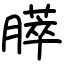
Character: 膵